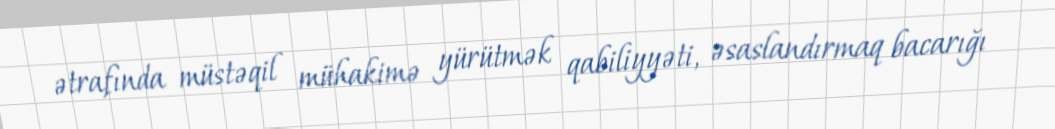
ətrafında müstəqil mühakimə yürütmək qabiliyyəti, əsaslandırmaq bacarığı